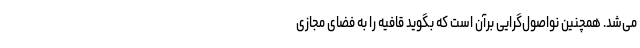
می‌شد. همچنین نواصول‌گرایی برآن است که بگوید قافیه را به فضای مجازی